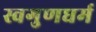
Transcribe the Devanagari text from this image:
स्वगुणधर्म